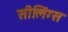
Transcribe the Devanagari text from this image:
सीलिंग्स